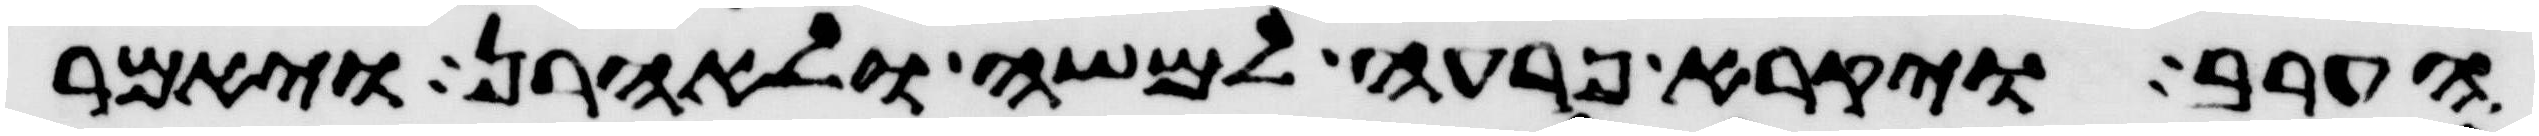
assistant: הערב ויקרא פרעה למשה ולאהרן ויאמר